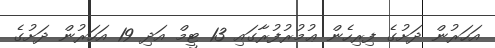
އަހަރުން ދަށުގެ ފިރިހެން ޢުމުރުފުރާގައި 13 ޓީމް އަދި 19 އަހަރުން ދަށުގެ